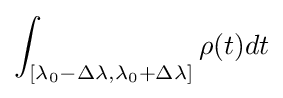
\int _{[\lambda _{0}-\Delta \lambda ,\lambda _{0}+\Delta \lambda ]}\rho (t)dt